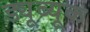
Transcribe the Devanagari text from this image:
ड्यूब्यूक